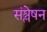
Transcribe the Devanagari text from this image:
संश्लेषन